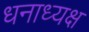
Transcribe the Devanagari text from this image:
धनाध्यक्ष